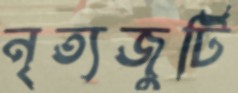
নৃত্যজুটি